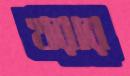
খরার